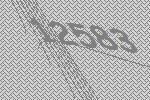
12583